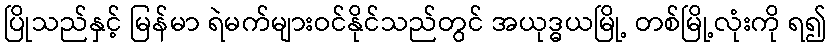
ပြိုသည်နှင့် မြန်မာ ရဲမက်များဝင်နိုင်သည်တွင် အယုဒ္ဓယမြို့ တစ်မြို့လုံးကို ရ၍